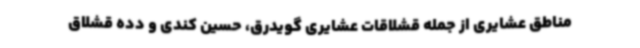
مناطق عشایری از جمله قشلاقات عشایری گویدرق، حسین کندی و دده قشلاق